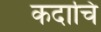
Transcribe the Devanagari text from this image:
कदाचि